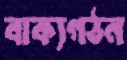
বাক্যগঠন